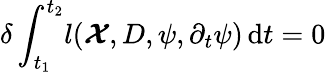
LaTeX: \delta\int_{t_{1}}^{t_{2}}\! l(\boldsymbol{\cal X},D,\psi,\partial_{t}\psi)\, \mathrm{d}t=0